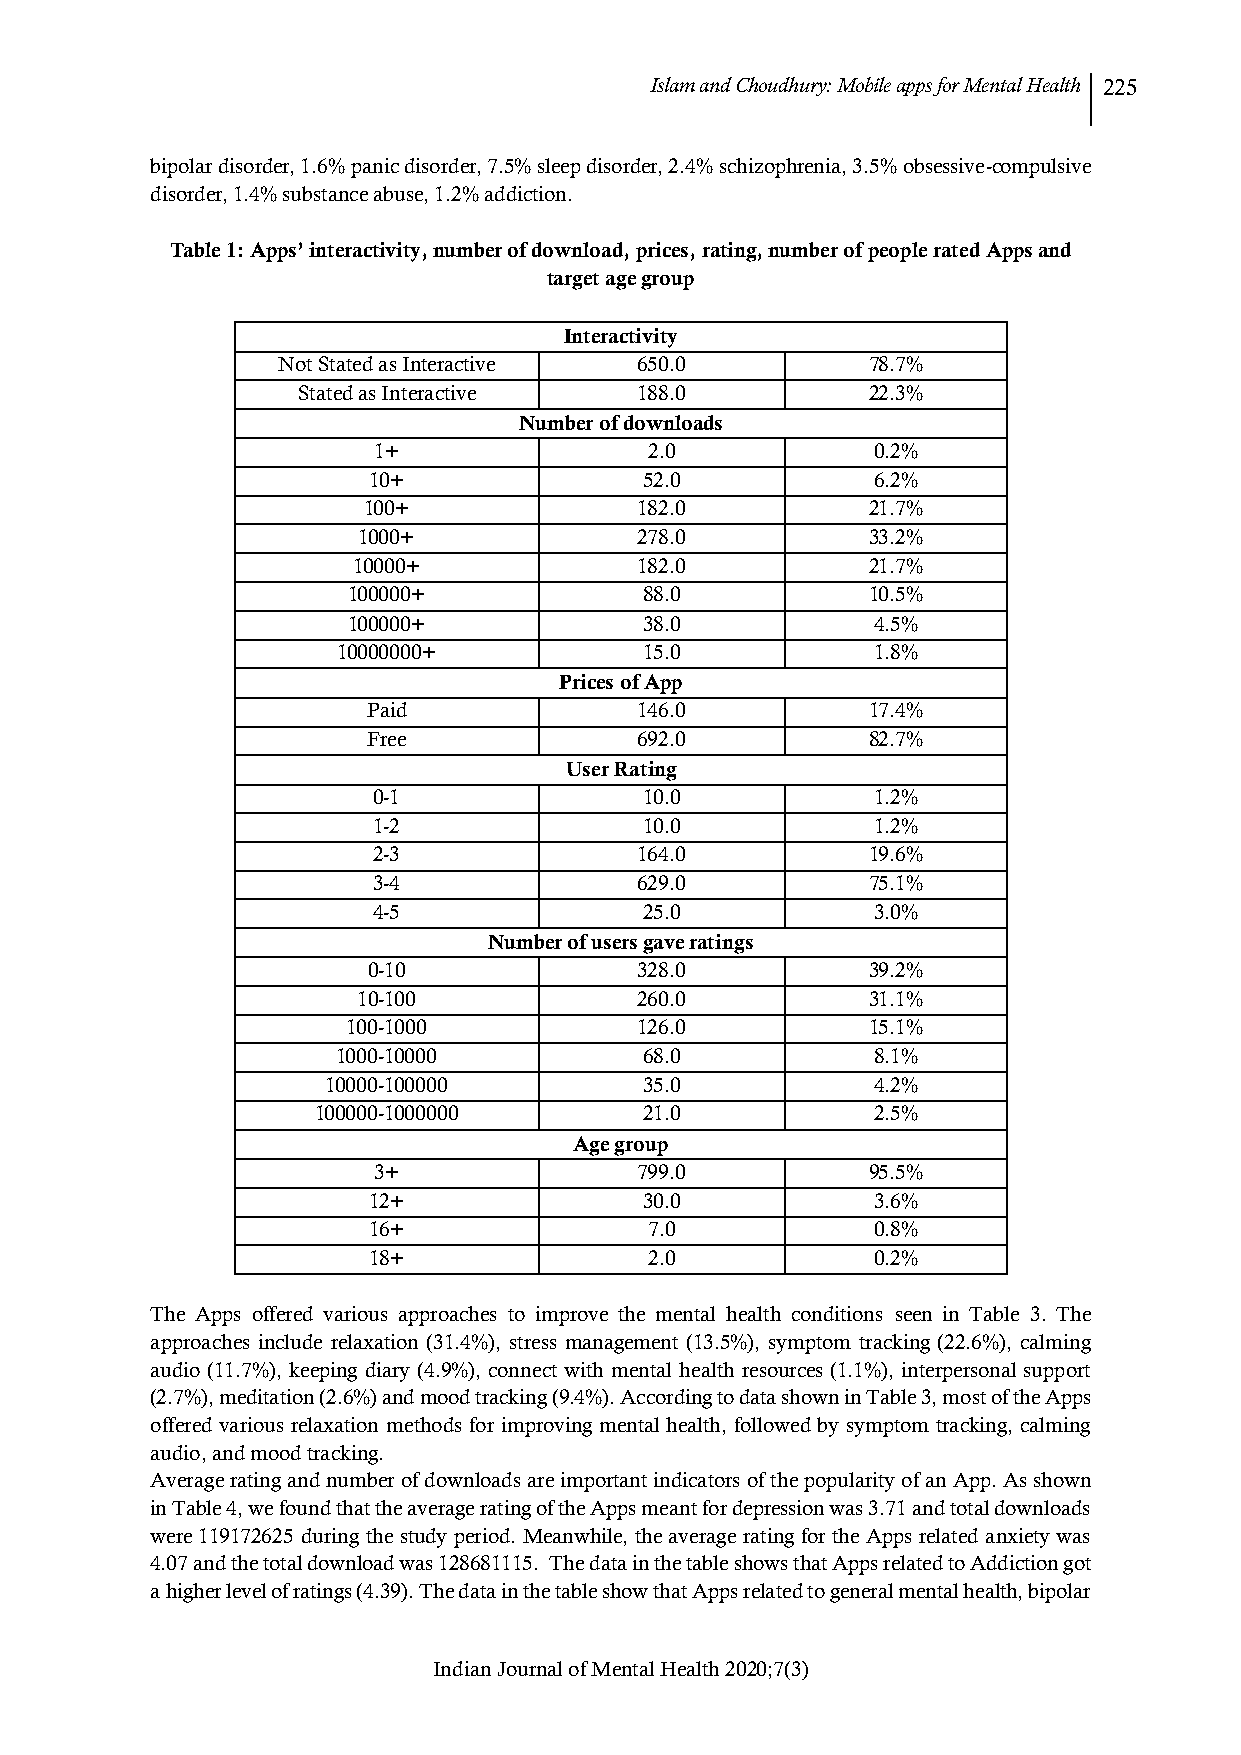
Islam and Choudhury: Mobile apps for Mental Health 225
 bipolar disorder, 1.6% panic disorder, 7.5% sleep disorder, 2.4% schizophrenia, 3.5% obsessive-compulsive
 disorder, 1.4% substance abuse, 1.2% addiction.
 Table 1: Apps’ interactivity, number of download, prices, rating, number of people rated Apps and
 target age group
 Interactivity
 Not Stated as Interactive 650.0        78.7%
 Stated as Interactive 188.0          22.3%
 Number of downloads
 1+                2.0            0.2%
 10+                52.0           6.2%
 100+              182.0          21.7%
 1000+             278.0          33.2%
 10000+             182.0          21.7%
 100000+             88.0          10.5%
 100000+             38.0           4.5%
 10000000+            15.0           1.8%
 Prices of App
 Paid              146.0          17.4%
 Free              692.0          82.7%
 User Rating
 0-1               10.0           1.2%
 1-2               10.0           1.2%
 2-3              164.0          19.6%
 3-4              629.0          75.1%
 4-5               25.0           3.0%
 Number of users gave ratings
 0-10              328.0          39.2%
 10-100            260.0          31.1%
 100-1000           126.0          15.1%
 1000-10000           68.0           8.1%
 10000-100000         35.0           4.2%
 100000-1000000        21.0           2.5%
 Age group
 3+               799.0          95.5%
 12+                30.0           3.6%
 16+                7.0            0.8%
 18+                2.0            0.2%
 The Apps offered various approaches to improve the mental health conditions seen in Table 3. The
 approaches include relaxation (31.4%), stress management (13.5%), symptom tracking (22.6%), calming
 audio (11.7%), keeping diary (4.9%), connect with mental health resources (1.1%), interpersonal support
 (2.7%), meditation (2.6%) and mood tracking (9.4%). According to data shown in Table 3, most of the Apps
 offered various relaxation methods for improving mental health, followed by symptom tracking, calming
 audio, and mood tracking.
 Average rating and number of downloads are important indicators of the popularity of an App. As shown
 in Table 4, we found that the average rating of the Apps meant for depression was 3.71 and total downloads
 were 119172625 during the study period. Meanwhile, the average rating for the Apps related anxiety was
 4.07 and the total download was 128681115. The data in the table shows that Apps related to Addiction got
 a higher level of ratings (4.39). The data in the table show that Apps related to general mental health, bipolar
 Indian Journal of Mental Health 2020;7(3)